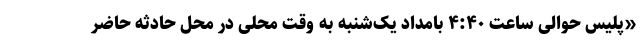
«پلیس حوالی ساعت ۴:۴۰ بامداد یک‌شنبه به وقت محلی در محل حادثه حاضر